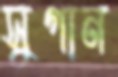
সুগান